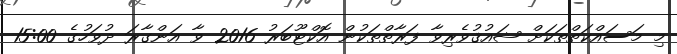
މި މަސައްކަތްތަކަށް ޝައުޤުވެރިވާ ފަރާތްތަކުން އޮކްޓޫބަރު 2016 ވާ އަންގާރަ ދުވަހުގެ 15:00